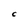
Character: C